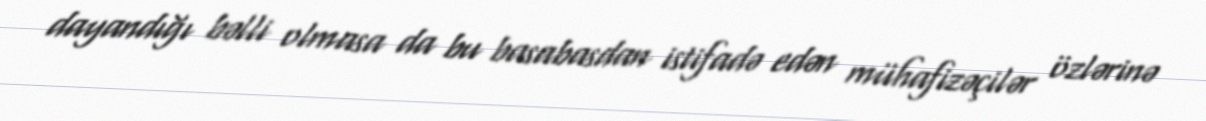
dayandığı bəlli olmasa da bu basabasdan istifadə edən mühafizəçilər özlərinə